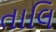
તાલિ